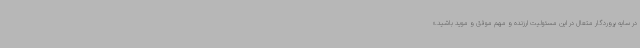
در سایه پروردگار متعال در این مسئولیت ارزنده و مهم موفق و موید باشید.»